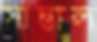
সান্তাল